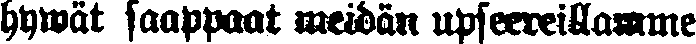
hywät saappaat meidän upseereillamme